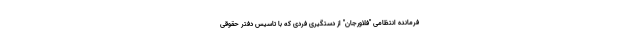
فرمانده انتظامی "فلاورجان" از دستگیری فردی که با تاسیس دفتر حقوقی